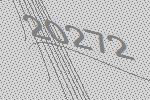
20272